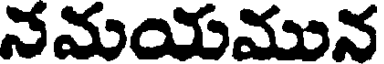
నమయమున